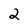
Character: 2